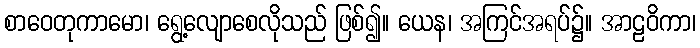
စာဝေတုကာမော၊ ရွေ့လျောစေလိုသည် ဖြစ်၍။ ယေန၊ အကြင်အရပ်၌။ အာဠဝိကာ၊